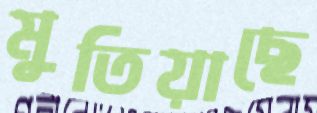
মুতিয়াছে